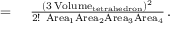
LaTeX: \begin{array} { r l } { = { } } & { { } { \frac { ( 3 \operatorname { V o l u m e } _ { \mathrm { t e t r a h e d r o n } } ) ^ { 2 } } { 2 ! ~ \mathrm { A r e a } _ { 1 } \mathrm { A r e a } _ { 2 } \mathrm { A r e a } _ { 3 } \mathrm { A r e a } _ { 4 } } } \, . } \end{array}